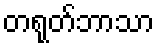
တရုတ်ဘာသာ